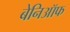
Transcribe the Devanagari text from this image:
बेनिऑफ